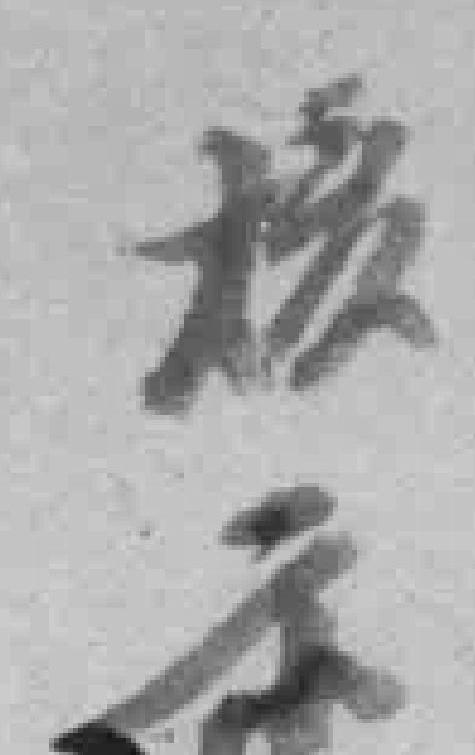
核示